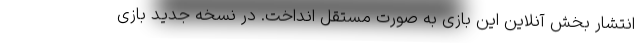
انتشار بخش آنلاین این بازی به صورت مستقل انداخت. در نسخه جدید بازی